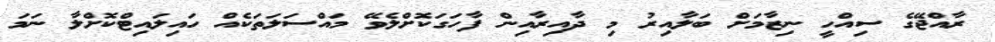
ރާއްޖޭގެ ސިއްހީ ނިޒާމަށް ބަލާއިރު މި ދާއިރާއިން ފާހަގަކޮށްލެވޭ މައްސަލަތަކެއް ހައިލައިޓްކޮށްލާ ނަމަ